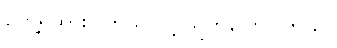
တွေ့ရှိထားပါတယ် လို့ သူကပြောပါတယ်။